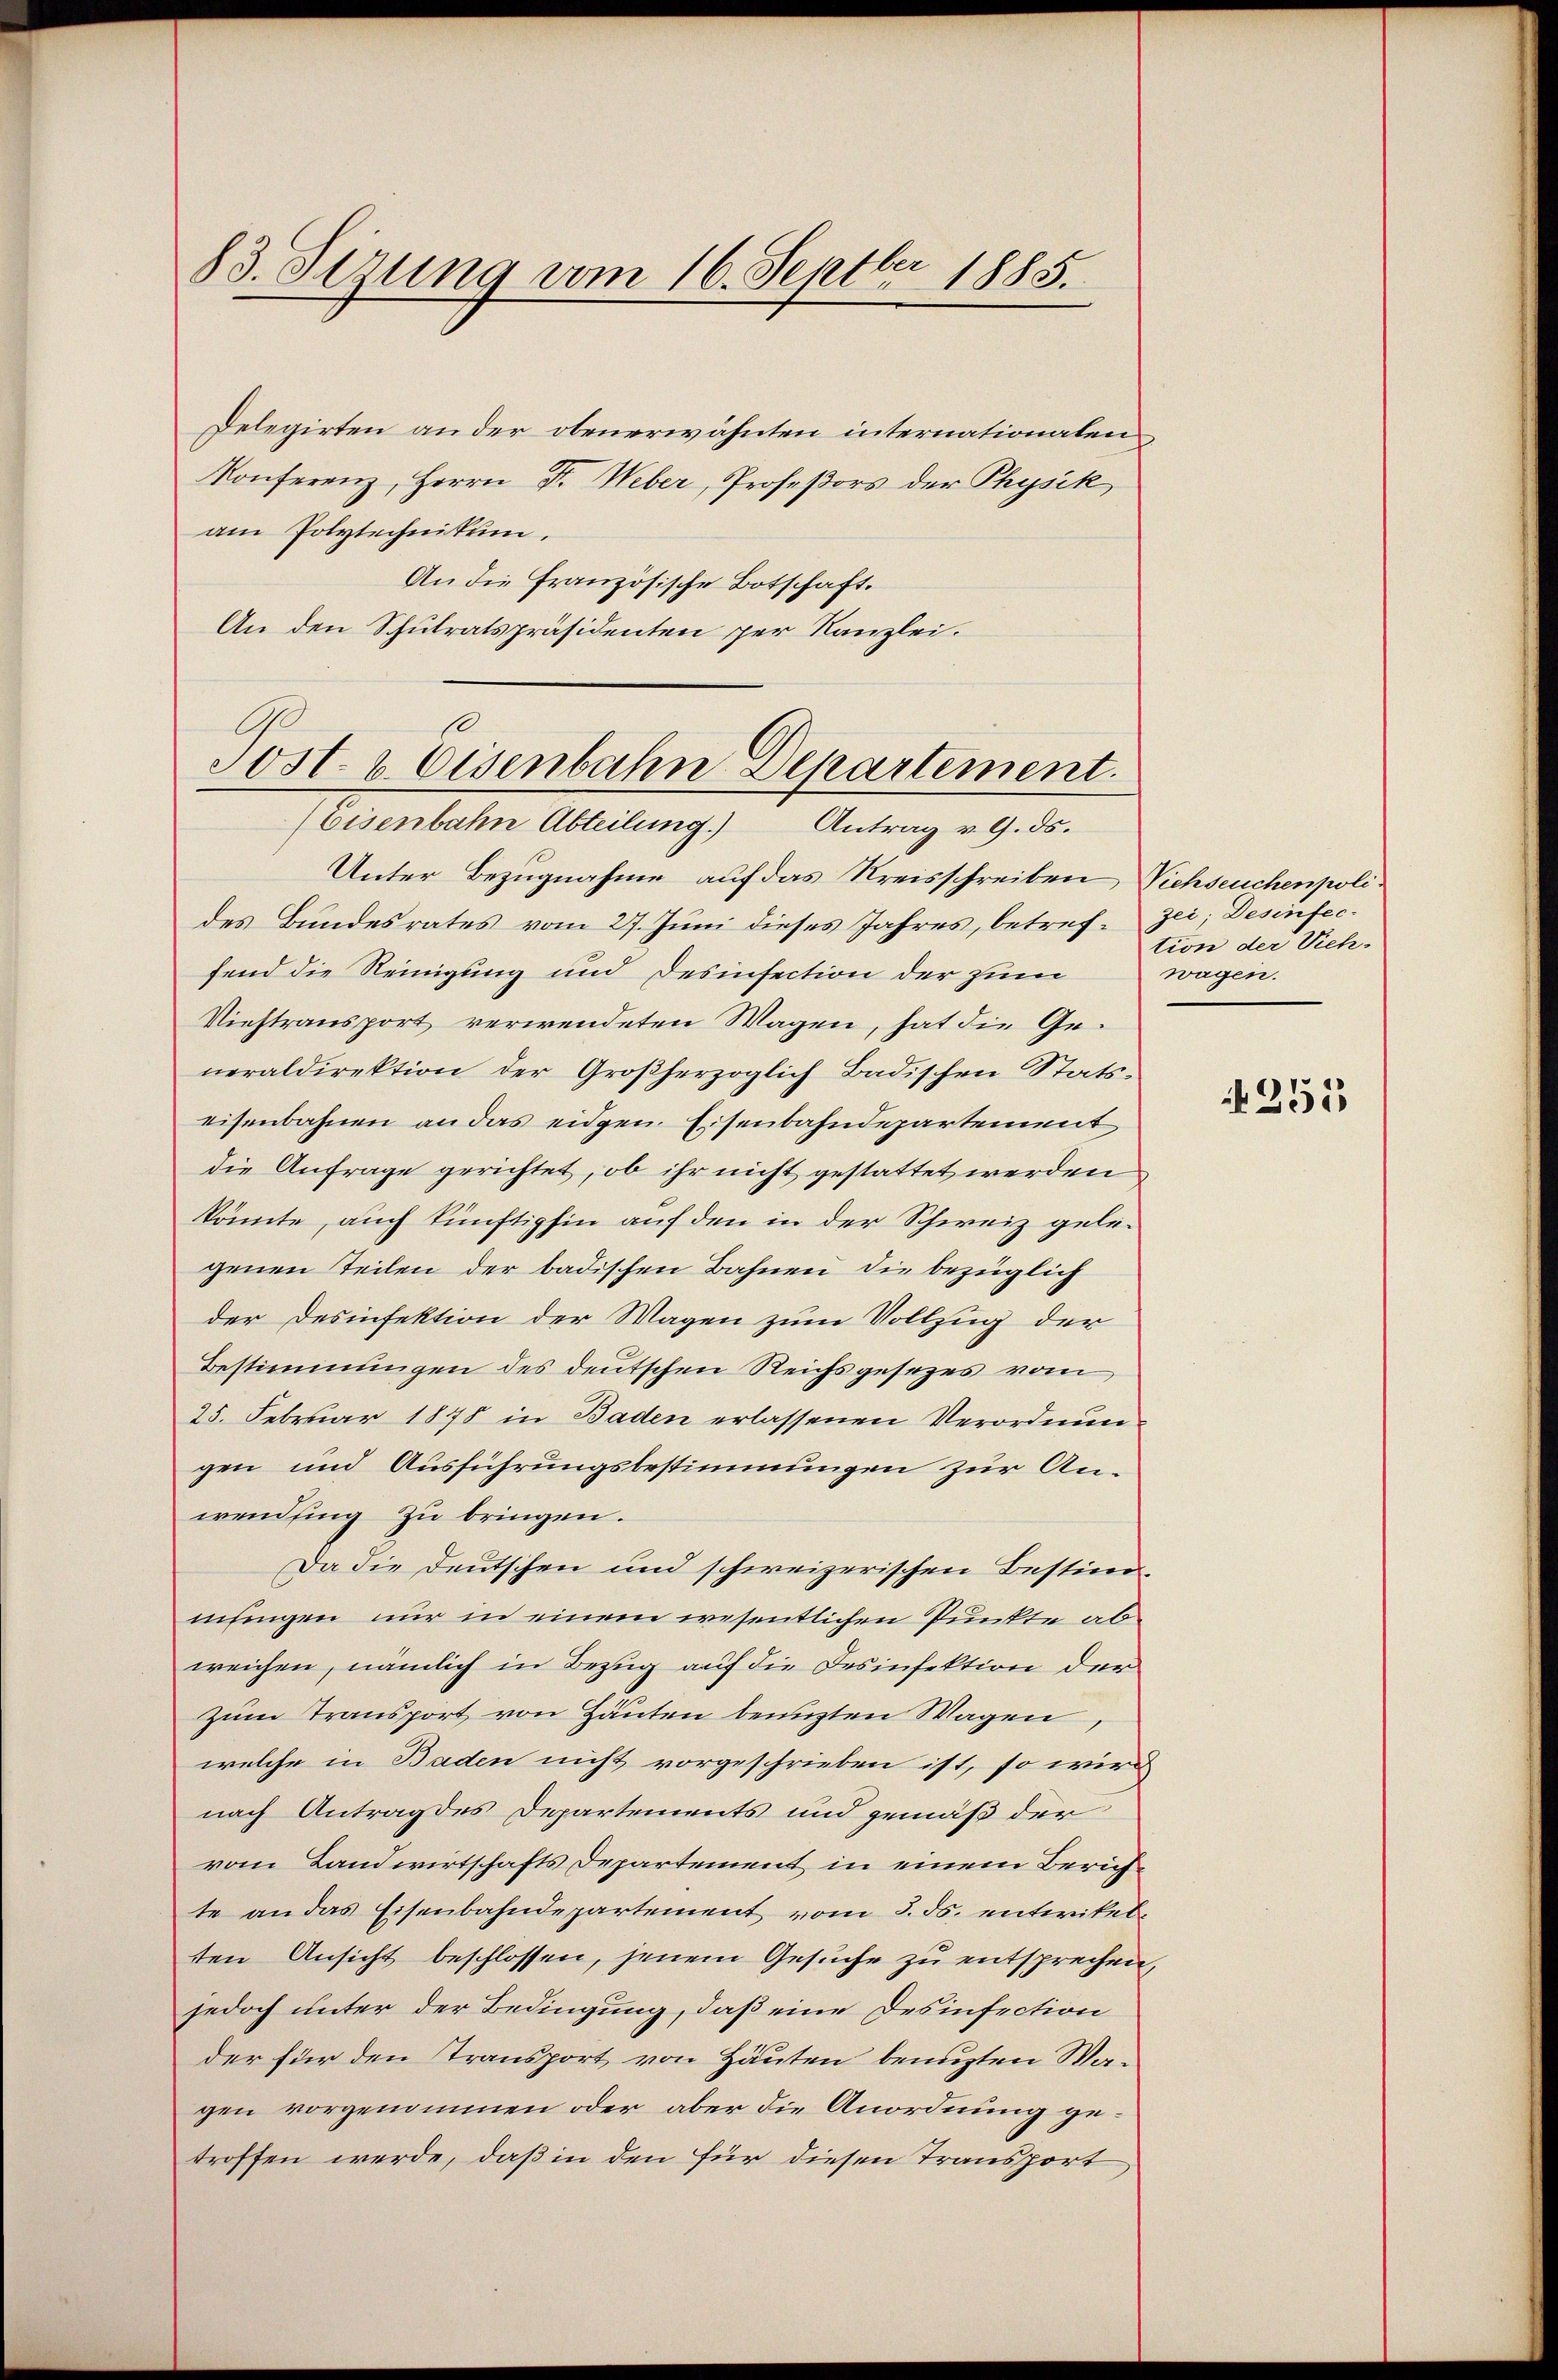
83. Sizung vom 16. Septbr 1885.

Delegirten an der obenerwähnten internationaten
Konferenz, Herrn Dr. Weber, Profeßors der Physik
am Polytechnikum.
An die französische Botschaft.
An den Schulratspräsidenten per Kanzlei.

Post- & Eisenbahn Departement.
(Eisenbahn Abteilung.) Antrag v. 9. ds.

tion der Vieh.
wagen.

Unter Bezugnahme auf das Kreisschreiben Viehseuchenpolides Bundesrates vom 27. Juni dieses Jahres, betref-Zei; Desinfecfend die Neinigung und Desinsection der zum
Niehtransport verwendeten Wagen, hat die Generaldirektion der Großherzoglich Badischen Statseisenbahnen an das eidgen. Eisenbahndepartement
die Anfrage gerichtet, ob ihr nicht gestattet werden
könnte, auch künftighin auf den in der Schweiz gelegenen Teilen der badischen Bahnen die bezüglich
der Desinfektion der Magen zum Vollzug der
Bestimmungen des deutschen Reichsgesezes vom
25. Februar 1878 in Baden erlassenen Verordnun
gen und Ausführungsbestimmungen zur Anwending zu bringen.
Da die Deutschen und schweizerischen Bestimmlingen nur in einem wesentlichen Punkte ab
weichen, nämlich in Bezug auf die Desinfektion der
zum Transport von Häuten benuzten Wagen,
welche in Baden nicht vorgeschrieben ist, so wird
nach Antrag des Departements und gemäß der
vom Landwirtschafts Departement, in einem Zürichte an das Eisenbahndepartement vom 3. ds. unterikelten Ansicht beschlossen, jenem Gesuche zu entsprechen,
jedoch unter der Bedingung, daß eine Desinfection
der für den Transport von Häuten benuzten Wagen vorgenommen oder aber die Anordnung getroffen werde, daß in den für diesen Transport

N 255